Annual report of the Punjab Veterinary College and of the Civil Veterinary Department, Punjab - 1926-1932
Year: 1926
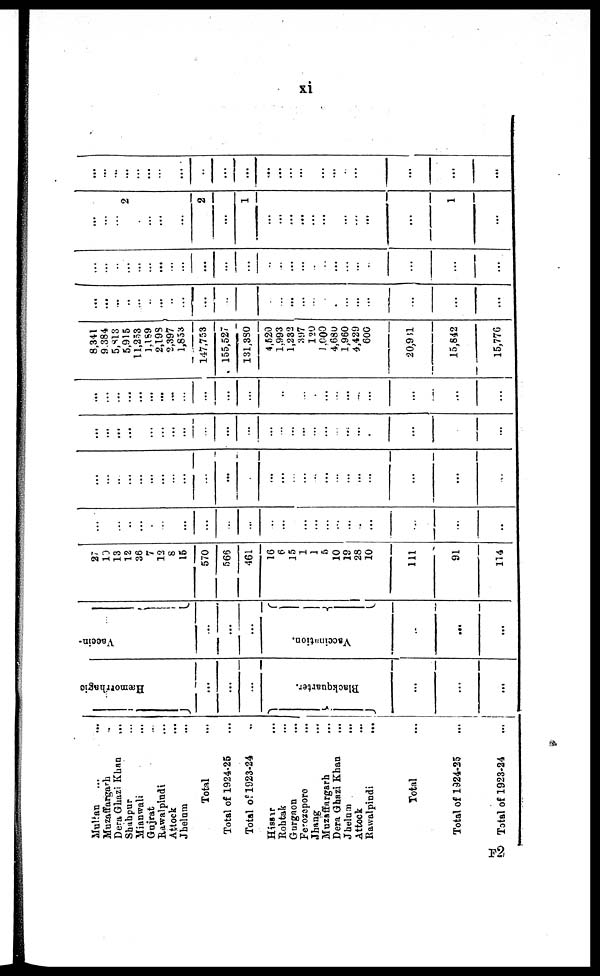
xi
F2
Multan
... ...
Muzaffargarh ...
Dera Ghazi Khan ...
Shahpur ...
Mianwali ...
Gujrat ...
Rawalpindi
Attock ...
Jholum ...
Total ...
Total of 1924-25 ...
Total of 1923-24 ...
Hissar ...
Rohtak ...
Gurgaon ...
Ferozepore ...
Jhang ...
Muzaffargarh ...
Dera Ghazi Khan ...
Jhelum
...
Attock ...
Rawalpindi
...
Total ...
Total of 1324-25 ...
Total of 1923-24
...
Hæmorrhagic
...
...
...
Blackquarter.
...
...
...
Vaccin-
...
...
...
Vacaimation
-
...
...
27
10
13
12
36
7
12
8
15
570
565
461
16
6
15
1
1
5
10
19
28
10
111
91
114
...
...
...
...
...
...
...
...
...
...
...
...
...
...
...
...
...
...
...
...
...
...
...
...
...
...
...
...
...
...
...
...
...
...
...
...
...
...
...
...
...
...
...
...
...
...
...
...
...
...
...
...
...
...
...
...
...
...
...
...
...
...
...
...
...
...
...
...
...
...
...
...
...
...
...
...
...
...
...
...
...
...
...
...
...
...
...
...
...
...
...
...
...
...
...
...
8,341
9.384
5,813
5,915
11,253
1,189
2,198
2,397
1,853
147,753
155,527
131,380
4,520
1,993
1,232
397
120
1,000
4,680
1,960
4,429
600
20,9 51
15,842
15,776
...
...
...
...
...
...
...
...
...
...
...
...
...
...
...
...
...
...
...
...
...
...
...
...
...
...
...
...
...
...
...
...
...
...
...
...
...
...
...
...
...
...
...
...
...
...
...
...
...
...
...
2
...
...
...
...
...
2
...
1
...
...
...
...
...
...
...
...
...
...
1
...
...
...
...
...
...
...
...
...
...
...
...
...
...
...
...
...
...
...
...
...
...
...